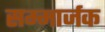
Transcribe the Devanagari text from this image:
सम्मार्जक